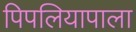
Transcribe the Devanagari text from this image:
पिपलियापाला